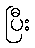
ပြီး